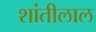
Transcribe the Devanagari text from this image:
शांतीलाल